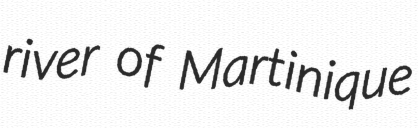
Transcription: river of Martinique